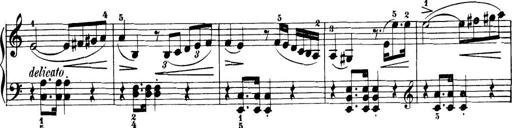
Title: 32 Sonatinas and Rondos for the Piano
Composer: Richard Kleinmichel